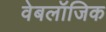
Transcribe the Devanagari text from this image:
वेबलॉजिक